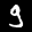
Label: 9